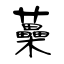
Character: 蘽